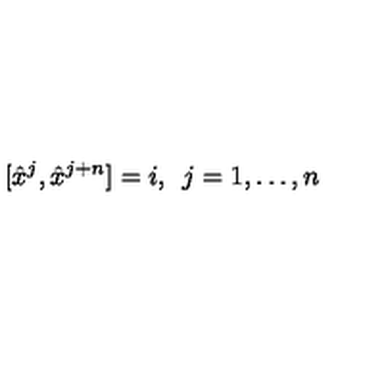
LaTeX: [ \hat { x } ^ { j } , \hat { x } ^ { j + n } ] = i , \enspace j = 1 , \dots , n